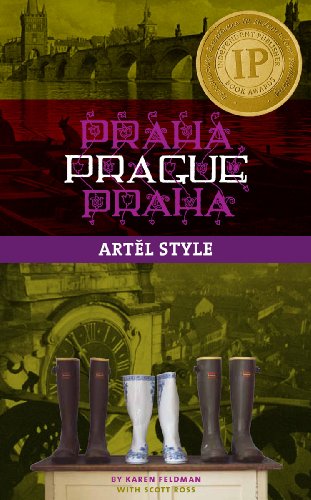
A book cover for Prague: ARTEL Style; Karen Feldman; Travel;